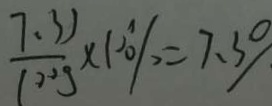
\frac { 7 . 3 J } { 1 0 0 g } \times 1 0 0 \% = 7 . 5 \%